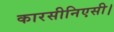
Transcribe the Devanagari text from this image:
कारसीनिएसी।